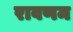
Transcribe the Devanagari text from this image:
रावणम